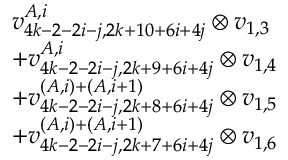
\begin{array} { r l } & { v _ { 4 k - 2 - 2 i - j , 2 k + 1 0 + 6 i + 4 j } ^ { A , i } \otimes v _ { 1 , 3 } } \\ & { + v _ { 4 k - 2 - 2 i - j , 2 k + 9 + 6 i + 4 j } ^ { A , i } \otimes v _ { 1 , 4 } } \\ & { + v _ { 4 k - 2 - 2 i - j , 2 k + 8 + 6 i + 4 j } ^ { ( A , i ) + ( A , i + 1 ) } \otimes v _ { 1 , 5 } } \\ & { + v _ { 4 k - 2 - 2 i - j , 2 k + 7 + 6 i + 4 j } ^ { ( A , i ) + ( A , i + 1 ) } \otimes v _ { 1 , 6 } } \end{array}